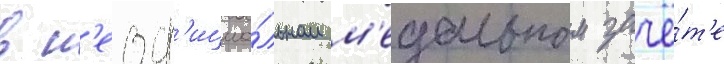
в н'еоф'ициа́льном м'едальном зачё́т'е